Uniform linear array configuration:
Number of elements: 12
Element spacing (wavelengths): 0.25
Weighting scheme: binomial
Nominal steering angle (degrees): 0
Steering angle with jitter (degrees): -0.5581
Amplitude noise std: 0.05
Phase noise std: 0.05

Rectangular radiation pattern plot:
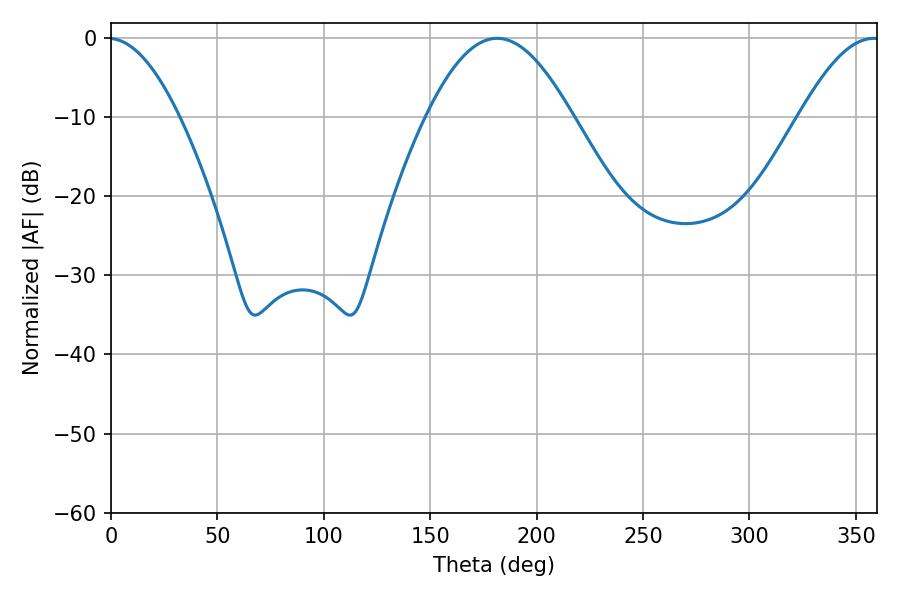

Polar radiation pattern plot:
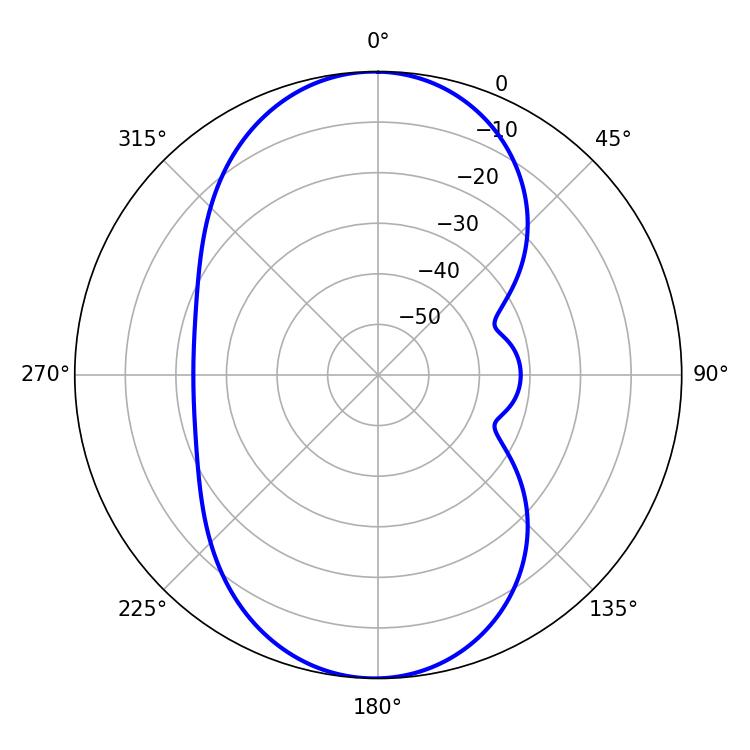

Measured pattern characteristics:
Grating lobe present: FALSE
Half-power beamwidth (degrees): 37.08
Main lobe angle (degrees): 181.44